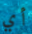
أي